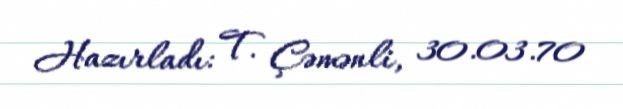
Hazırladı: T. Çəmənli, 30.03.70